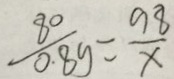
\frac { 8 0 } { 0 . 8 9 } = \frac { 9 8 } { x }